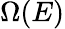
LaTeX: \Omega(E)